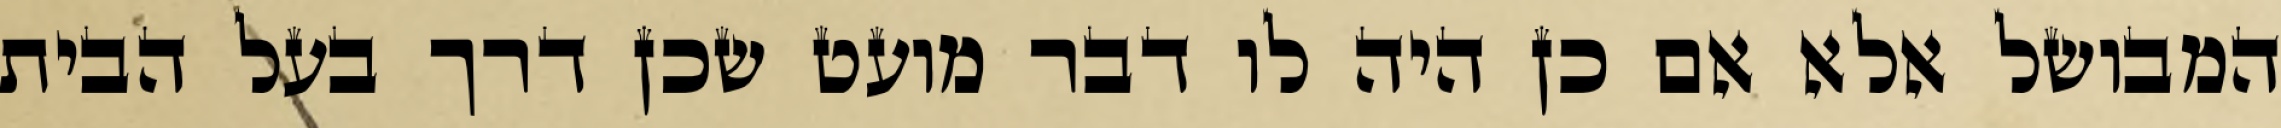
המבושל אלא אם כן היה לו דבר מועט שכן דרך בעל הבית